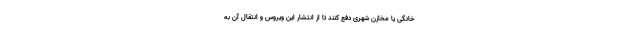
خانگی یا مخازن شهری دفع کنند تا از انتشار این ویروس و انتقال آن به